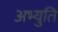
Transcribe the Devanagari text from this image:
अभ्युति